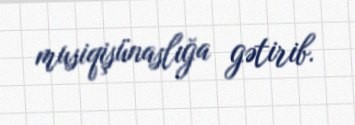
musiqişünaslığa gətirib.